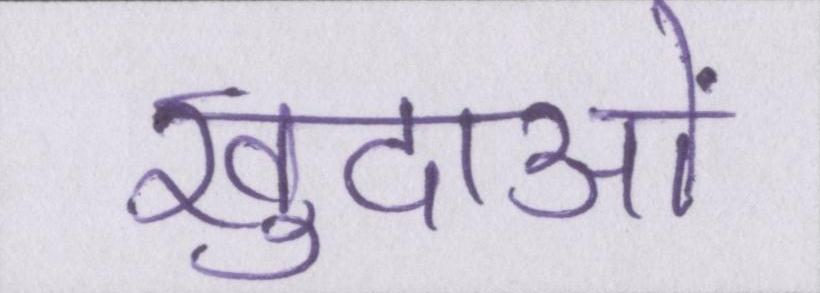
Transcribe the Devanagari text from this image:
खुदाओं